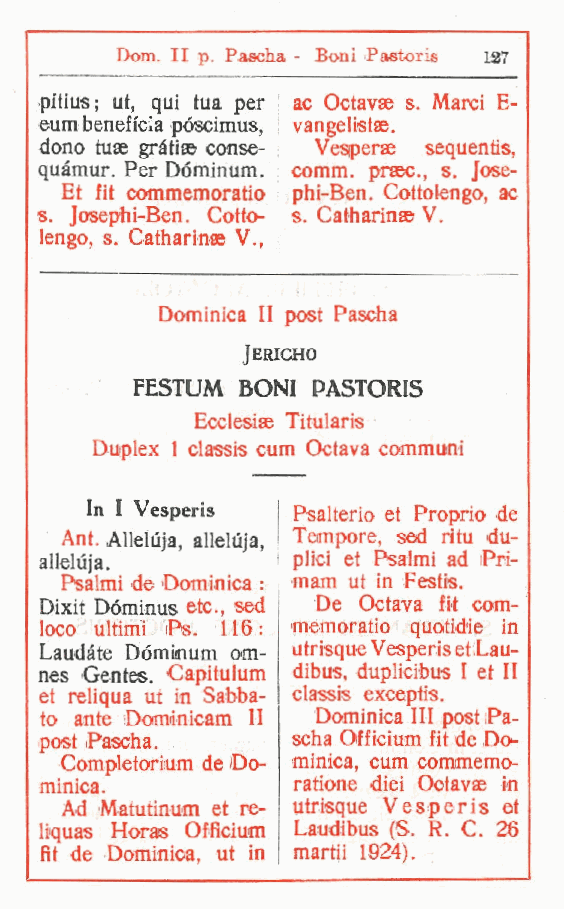
Dom. II p. Pascha - Boni Pastoris 137
 pftius; ut, qui tua per ac Octavse s. Marci E-
 eum beneficia póscimus vangelistse.
 ,
 dono tuae gràtiae conse- Vesperae sequentis,
 quàmur. Per Dominum. comm. praec., s. Jose-
 Et fit commemoratio phi-Ben. Cottolengo, ac
 s  Josephi-Ben. Cotto- s Catharinae V.
 .                .
 lengo, s. Catharinae V.
 ,
 Dominica II post Pascha
 Jericho
 FESTUM BONI PASTORIS
 Ecclesiae Tituiaris
 Duplex 1 classis cum Octava communi
 In I Vesperis Psalterio et Proprio de
 Ant. Allelujia alleluja, Tempore, sed i tu du-
 allelùia. ,     plici et Psalmi ad iPri-
 Psalmi de Dominica : mam ut in Festis.
 Dixit Dóminus etc, sed De Octava fit com-
 loco ultimi iPs. 116: memoratio quotidie in
 Laudate Dóminum om- atrisque Vesperis etLau-
 nes Gentes. Capitulum dibus, duplicibus I et li
 et reliqua ut in Sabba- classis exceptis.
 to ante Dominicam II Dominica III postiPa-
 post Pascha.    scha Officium fit de Do-
 Completorium de Do- minica, cum commemo-
 minica.         ratione diei Ootavae in
 Ad Matutinum et re- utrisque Vesperis et
 liquas Horas Oficium Laudibus (S. R. C. 26
 it de Dominica, ut in marti i 1924). f
 f
 r